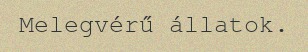
Melegvérű állatok.